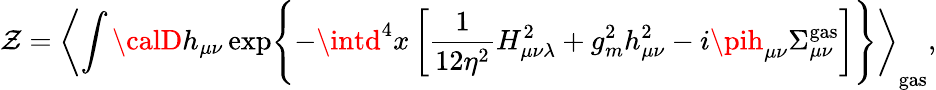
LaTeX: {\cal\mathcal{Z}}=\left<\int{\calD}h_{\mu\nu}\exp\Biggl\{ -\intd^{4}x\left[\frac{1}{{12\eta^{2}}}H_{\mu\nu\lambda}^{2}+g_{m}^{2}h_{\mu\nu}^{2}-i\pih_{\mu\nu}\Sigma_{\mu\nu}^{\mathrm{{gas}}}\right]\Biggr\} \right>_{\mathrm{{gas}}},